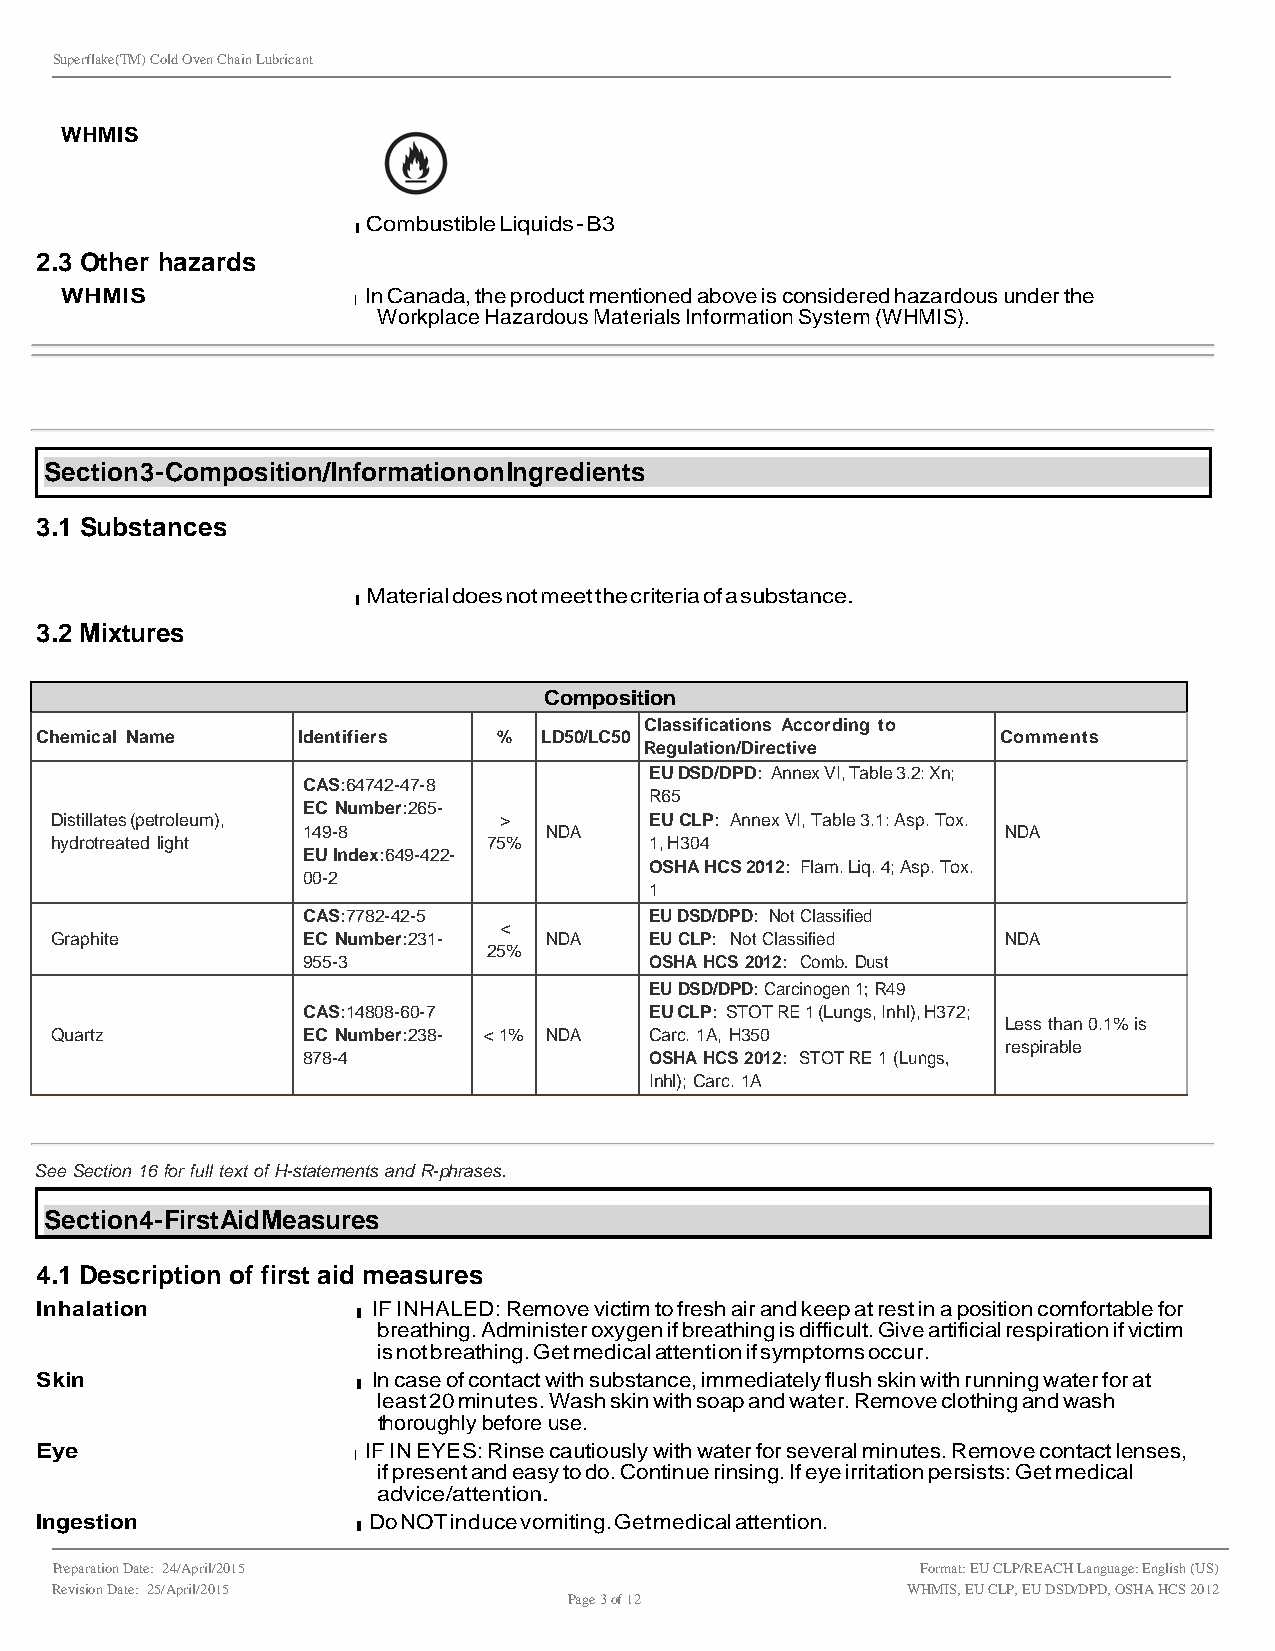
Superflake(TM) Cold Oven Chain Lubricant
 WHMIS
 l Combustible Liquids - B3
 2.3 Other hazards
 WHMIS              l In Canada, the product mentioned above is considered hazardous under the
 Workplace Hazardous Materials Information System (WHMIS).
 Section 3 - Composition/Information on Ingredients
 3.1 Substances
 l Material does not meet the criteria of a substance.
 3.2 Mixtures
 Composition
 Classifications According to
 Chemical Name     Identifiers  %  LD50/LC50                     Comments
 Regulation/Directive
 EU DSD/DPD: Annex VI, Table 3.2: Xn;
 CAS:64742-47-8
 R65
 EC Number:265-
 Distillates (petroleum),      >         EU CLP: Annex VI, Table 3.1: Asp. Tox.
 149-8           NDA                            NDA
 hydrotreated light           75%        1, H304
 EU Index:649-422-
 OSHA HCS 2012: Flam. Liq. 4; Asp. Tox.
 00-2
 1
 CAS:7782-42-5          EU DSD/DPD: Not Classified
 <
 Graphite         EC Number:231-  NDA    EU CLP: Not Classified  NDA
 25%
 955-3                  OSHA HCS 2012: Comb. Dust
 EU DSD/DPD: Carcinogen 1; R49
 CAS:14808-60-7         EU CLP: STOT RE 1 (Lungs, Inhl), H372;
 Less than 0.1% is
 Quartz           EC Number:238- < 1% NDA Carc. 1A, H350
 respirable
 878-4                  OSHA HCS 2012: STOT RE 1 (Lungs,
 Inhl); Carc. 1A
 See Section 16 for full text of H-statements and R-phrases.
 Section 4 - First Aid Measures
 4.1 Description of first aid measures
 Inhalation           l IF INHALED: Remove victim to fresh air and keep at rest in a position comfortable for
 breathing. Administer oxygen if breathing is difficult. Give artificial respiration if victim
 is not breathing. Get medical attention if symptoms occur.
 Skin                 l In case of contact with substance, immediately flush skin with running water for at
 least 20 minutes. Wash skin with soap and water. Remove clothing and wash
 thoroughly before use.
 Eye                  l IF IN EYES: Rinse cautiously with water for several minutes. Remove contact lenses,
 if present and easy to do. Continue rinsing. If eye irritation persists: Get medical
 advice/attention.
 Ingestion            l Do NOT induce vomiting. Get medical attention.
 Preparation Date: 24/April/2015                           Format: EU CLP/REACH Language: English (US)
 Revision Date: 25/April/2015                             WHMIS, EU CLP, EU DSD/DPD, OSHA HCS 2012
 Page 3 of 12